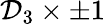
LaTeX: \mathcal{D}_{3}\times\pm1